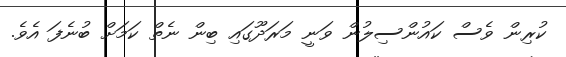
ކުރިން ވެސް ކައުންސިލުން ވަނީ މަރަދޫގައި ބިން ނެތް ކަމަށް ބުނެފަ އެވެ.